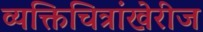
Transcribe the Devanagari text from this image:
व्यक्तिचित्रांखेरीज